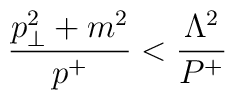
{p_\perp^2+m^2\over p^+} < {\Lambda^2\over P^+}